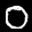
Label: 0